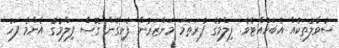
ސުވާލުތަކެއް އެބަހުއްޓެވެ. ފިލްމުގެ ފުރަތަމަ މަންޒަރުން ފެށިގެން ގޮސް ފިލްމުގެ އެންމެ ފަހު